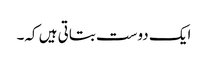
ایک دوست بتاتی ہیں کہ۔